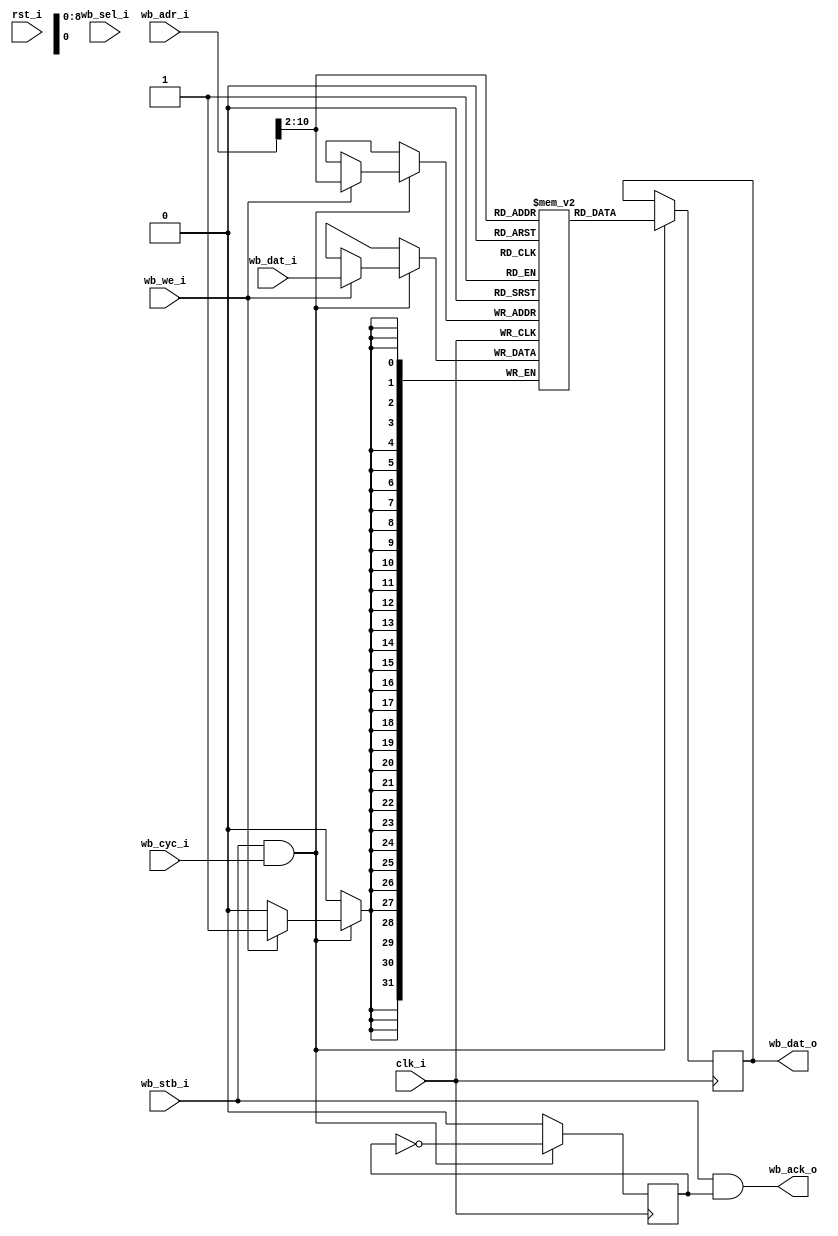
//-----------------------------------------------------------------
// Wishbone BlockRAM
//-----------------------------------------------------------------

module wb_bram #(
	parameter mem_file_name = "none",
	parameter adr_width = 11
) (
	input             clk_i, 
	input             rst_i,
	//
	input             wb_stb_i,
	input             wb_cyc_i,
	input             wb_we_i,
	output            wb_ack_o,
	input      [31:0] wb_adr_i,
	output reg [31:0] wb_dat_o,
	input      [31:0] wb_dat_i,
	input      [ 3:0] wb_sel_i
);

//-----------------------------------------------------------------
// Storage depth in 32 bit words
//-----------------------------------------------------------------
parameter word_width = adr_width - 2;
parameter word_depth = (1 << word_width);

//-----------------------------------------------------------------
// 
//-----------------------------------------------------------------
reg            [31:0] ram [0:word_depth-1];    // actual RAM
reg                   ack;
wire [word_width-1:0] adr;


assign adr        = wb_adr_i[adr_width-1:2];      // 
assign wb_ack_o   = wb_stb_i & ack;

always @(posedge clk_i)
begin
	if (wb_stb_i && wb_cyc_i) 
	begin
		if (wb_we_i) 
			ram[ adr ] <= wb_dat_i;

		wb_dat_o <= ram[ adr ];
		ack <= ~ack;
	end else
		ack <= 0;
    
end

initial 
begin
	if (mem_file_name != "none")
	begin
		$readmemh(mem_file_name, ram);
	end
end

endmodule













module wb_bram_milk #(
	parameter adr_width = 11
) (
	input             clk_i, 
	input             rst_i,
	//
	input             wb_stb_i,
	input             wb_cyc_i,
	input             wb_we_i,
	output reg        wb_ack_o,
	input      [31:0] wb_adr_i,
	output     [31:0] wb_dat_o,
	input      [31:0] wb_dat_i,
	input      [ 3:0] wb_sel_i
);

//-----------------------------------------------------------------
// Storage depth in 32 bit words
//-----------------------------------------------------------------
parameter word_width = adr_width - 2;
parameter word_depth = (1 << word_width);


//-----------------------------------------------------------------
// Actual RAM
//-----------------------------------------------------------------
reg [7:0] ram0 [0:word_depth-1];
reg [7:0] ram1 [0:word_depth-1];
reg [7:0] ram2 [0:word_depth-1];
reg [7:0] ram3 [0:word_depth-1];
wire [word_width-1:0] adr;

wire [7:0] ram0di;
wire ram0we;
wire [7:0] ram1di;
wire ram1we;
wire [7:0] ram2di;
wire ram2we;
wire [7:0] ram3di;
wire ram3we;

reg [7:0] ram0do;
reg [7:0] ram1do;
reg [7:0] ram2do;
reg [7:0] ram3do;

always @(posedge clk_i) begin
	if(ram0we)
		ram0[adr] <= ram0di;
	ram0do <= ram0[adr];
end

always @(posedge clk_i) begin
	if(ram1we)
		ram1[adr] <= ram1di;
	ram1do <= ram1[adr];
end

always @(posedge clk_i) begin
	if(ram2we)
		ram2[adr] <= ram2di;
	ram2do <= ram2[adr];
end

always @(posedge clk_i) begin
	if(ram3we)
		ram3[adr] <= ram3di;
	ram3do <= ram3[adr];
end

assign ram0we = wb_cyc_i & wb_stb_i & wb_we_i & wb_sel_i[0];
assign ram1we = wb_cyc_i & wb_stb_i & wb_we_i & wb_sel_i[1];
assign ram2we = wb_cyc_i & wb_stb_i & wb_we_i & wb_sel_i[2];
assign ram3we = wb_cyc_i & wb_stb_i & wb_we_i & wb_sel_i[3];

assign ram0di = wb_dat_i[7:0];
assign ram1di = wb_dat_i[15:8];
assign ram2di = wb_dat_i[23:16];
assign ram3di = wb_dat_i[31:24];

assign wb_dat_o = {ram3do, ram2do, ram1do, ram0do};

assign adr = wb_adr_i[adr_width-1:2];

always @(posedge clk_i) begin
	if(rst_i)
		wb_ack_o <= 1'b0;
	else begin
		if(wb_cyc_i & wb_stb_i)
			wb_ack_o <= ~wb_ack_o;
		else
			wb_ack_o <= 1'b0;
	end
end

endmodule